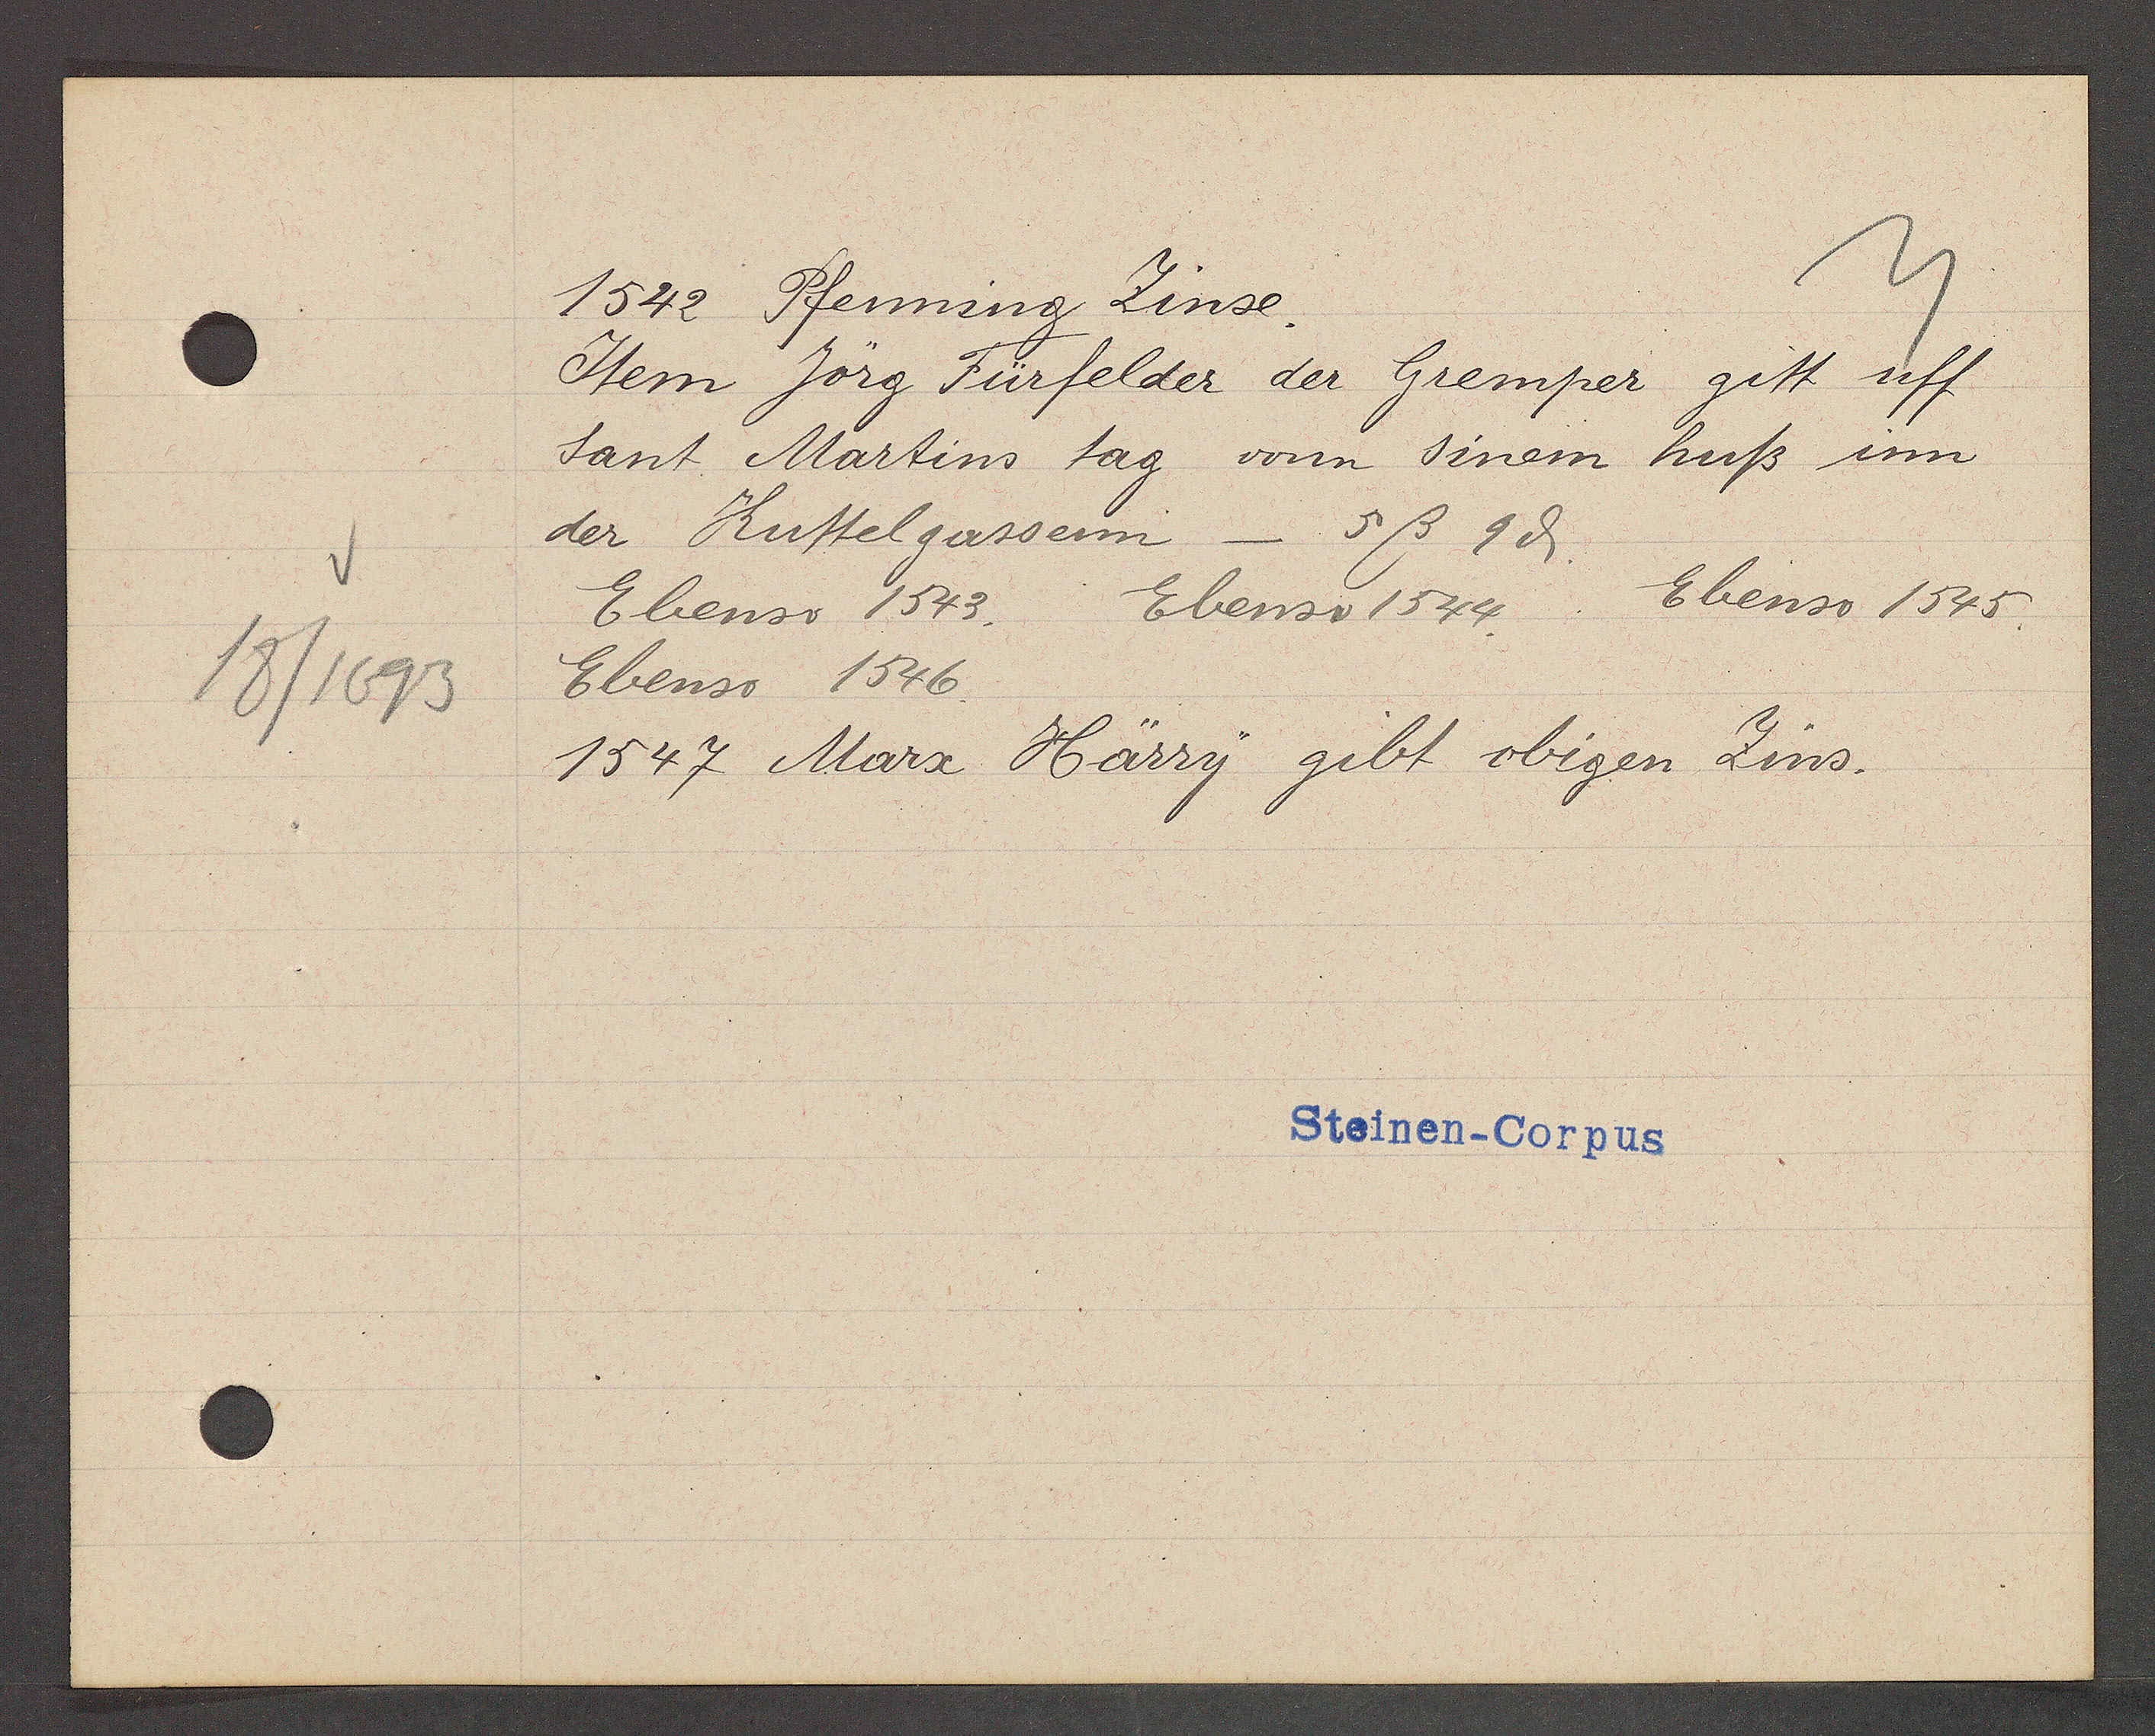
Transcript:
18/1693

1542 Pfenning Zinse.

Item Jörg Fürfelder der Gremper gitt uff
sant Martins tag vonn sinem huß inn
der Kuttelgassenn  - 5ß 9ȡ.
Ebenso 1543. Ebenso 1544.
Ebenso 1545
Ebenso 1546.
1547 Marx Härry gibt obigen Zins.

Steinen-Corpus